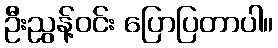
ဦးညွန့်ဝင်း ပြောပြတာပါ။